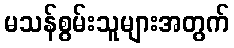
မသန်စွမ်းသူများအတွက်